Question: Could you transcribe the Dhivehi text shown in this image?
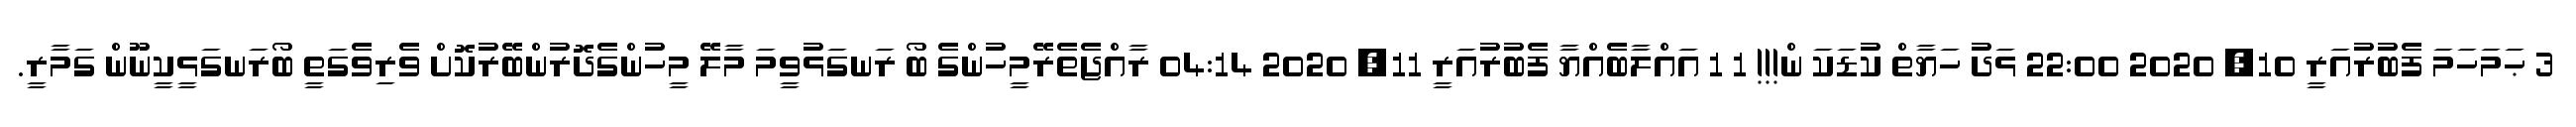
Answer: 3 ޙަމަހަމަ ފެބުރުއަރީ 10, 2020 22:00 ޅަދު ހަޔާތް ކުޑަކަ ން!!! 1 1 އައްލާބެއްޔާ ފެބުރުއަރީ 11, 2020 04:14 ރާއްޖެތެރޭމީހުންގެ ބޯ ރަނގަޅުވީމަ މާލޭ މީހުންގެދޮރުންބޭރުކޮށް ވެރިވެގަތީ ބޯރަނގަޅީކީނޫން ގަމާރީ.